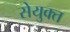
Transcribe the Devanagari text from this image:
सेयुक्त